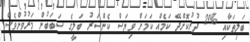
ބަލިތަކާއި %29 ދުރުކޮށްދޭ ކަމެއް ކަމަށް ވިޔަސް ކެންސަރު ބަލީގެ ސަބަބުން މަރުވުންވެސް